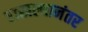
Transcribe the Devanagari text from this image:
राखल्यानंतर